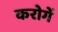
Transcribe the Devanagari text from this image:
करोगें